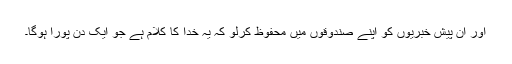
اور اِن پیش خبریوں کو اپنے صندوقوں میں محفوظ کرلو کہ یہ خدا کا کلام ہے جو ایک دن پورا ہوگا۔